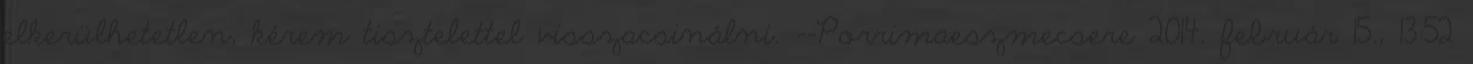
elkerülhetetlen, kérem tisztelettel visszacsinálni. --Porrimaeszmecsere 2014. február 15., 13:52